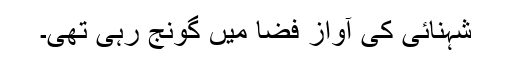
شہنائی کی آواز فضا میں گونج رہی تھی۔